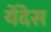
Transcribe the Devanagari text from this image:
येँदेस